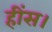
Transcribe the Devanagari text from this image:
हींस।